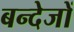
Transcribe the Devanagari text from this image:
बन्देजों